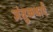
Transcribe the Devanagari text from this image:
जंतुकथाएँ